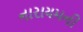
નારાયમની